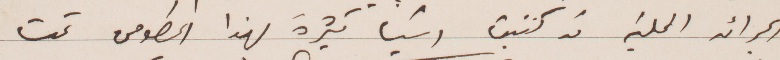
الجرائد المحلية قد كتبت أشياء كثيرة بهذا الخصوص تحت